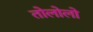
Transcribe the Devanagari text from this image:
तोलोलो